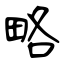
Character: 略